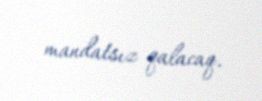
mandatsız qalacaq.